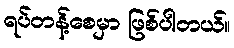
ရပ်တန့်စေမှာ ဖြစ်ပါတယ်။